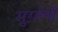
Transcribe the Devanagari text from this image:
मुग़लोँ